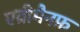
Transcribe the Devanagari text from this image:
एव्रीमैनफ़